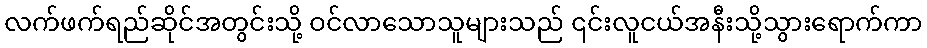
လက်ဖက်ရည်ဆိုင်အတွင်းသို့ ဝင်လာသောသူများသည် ၎င်းလူငယ်အနီးသို့သွားရောက်ကာ